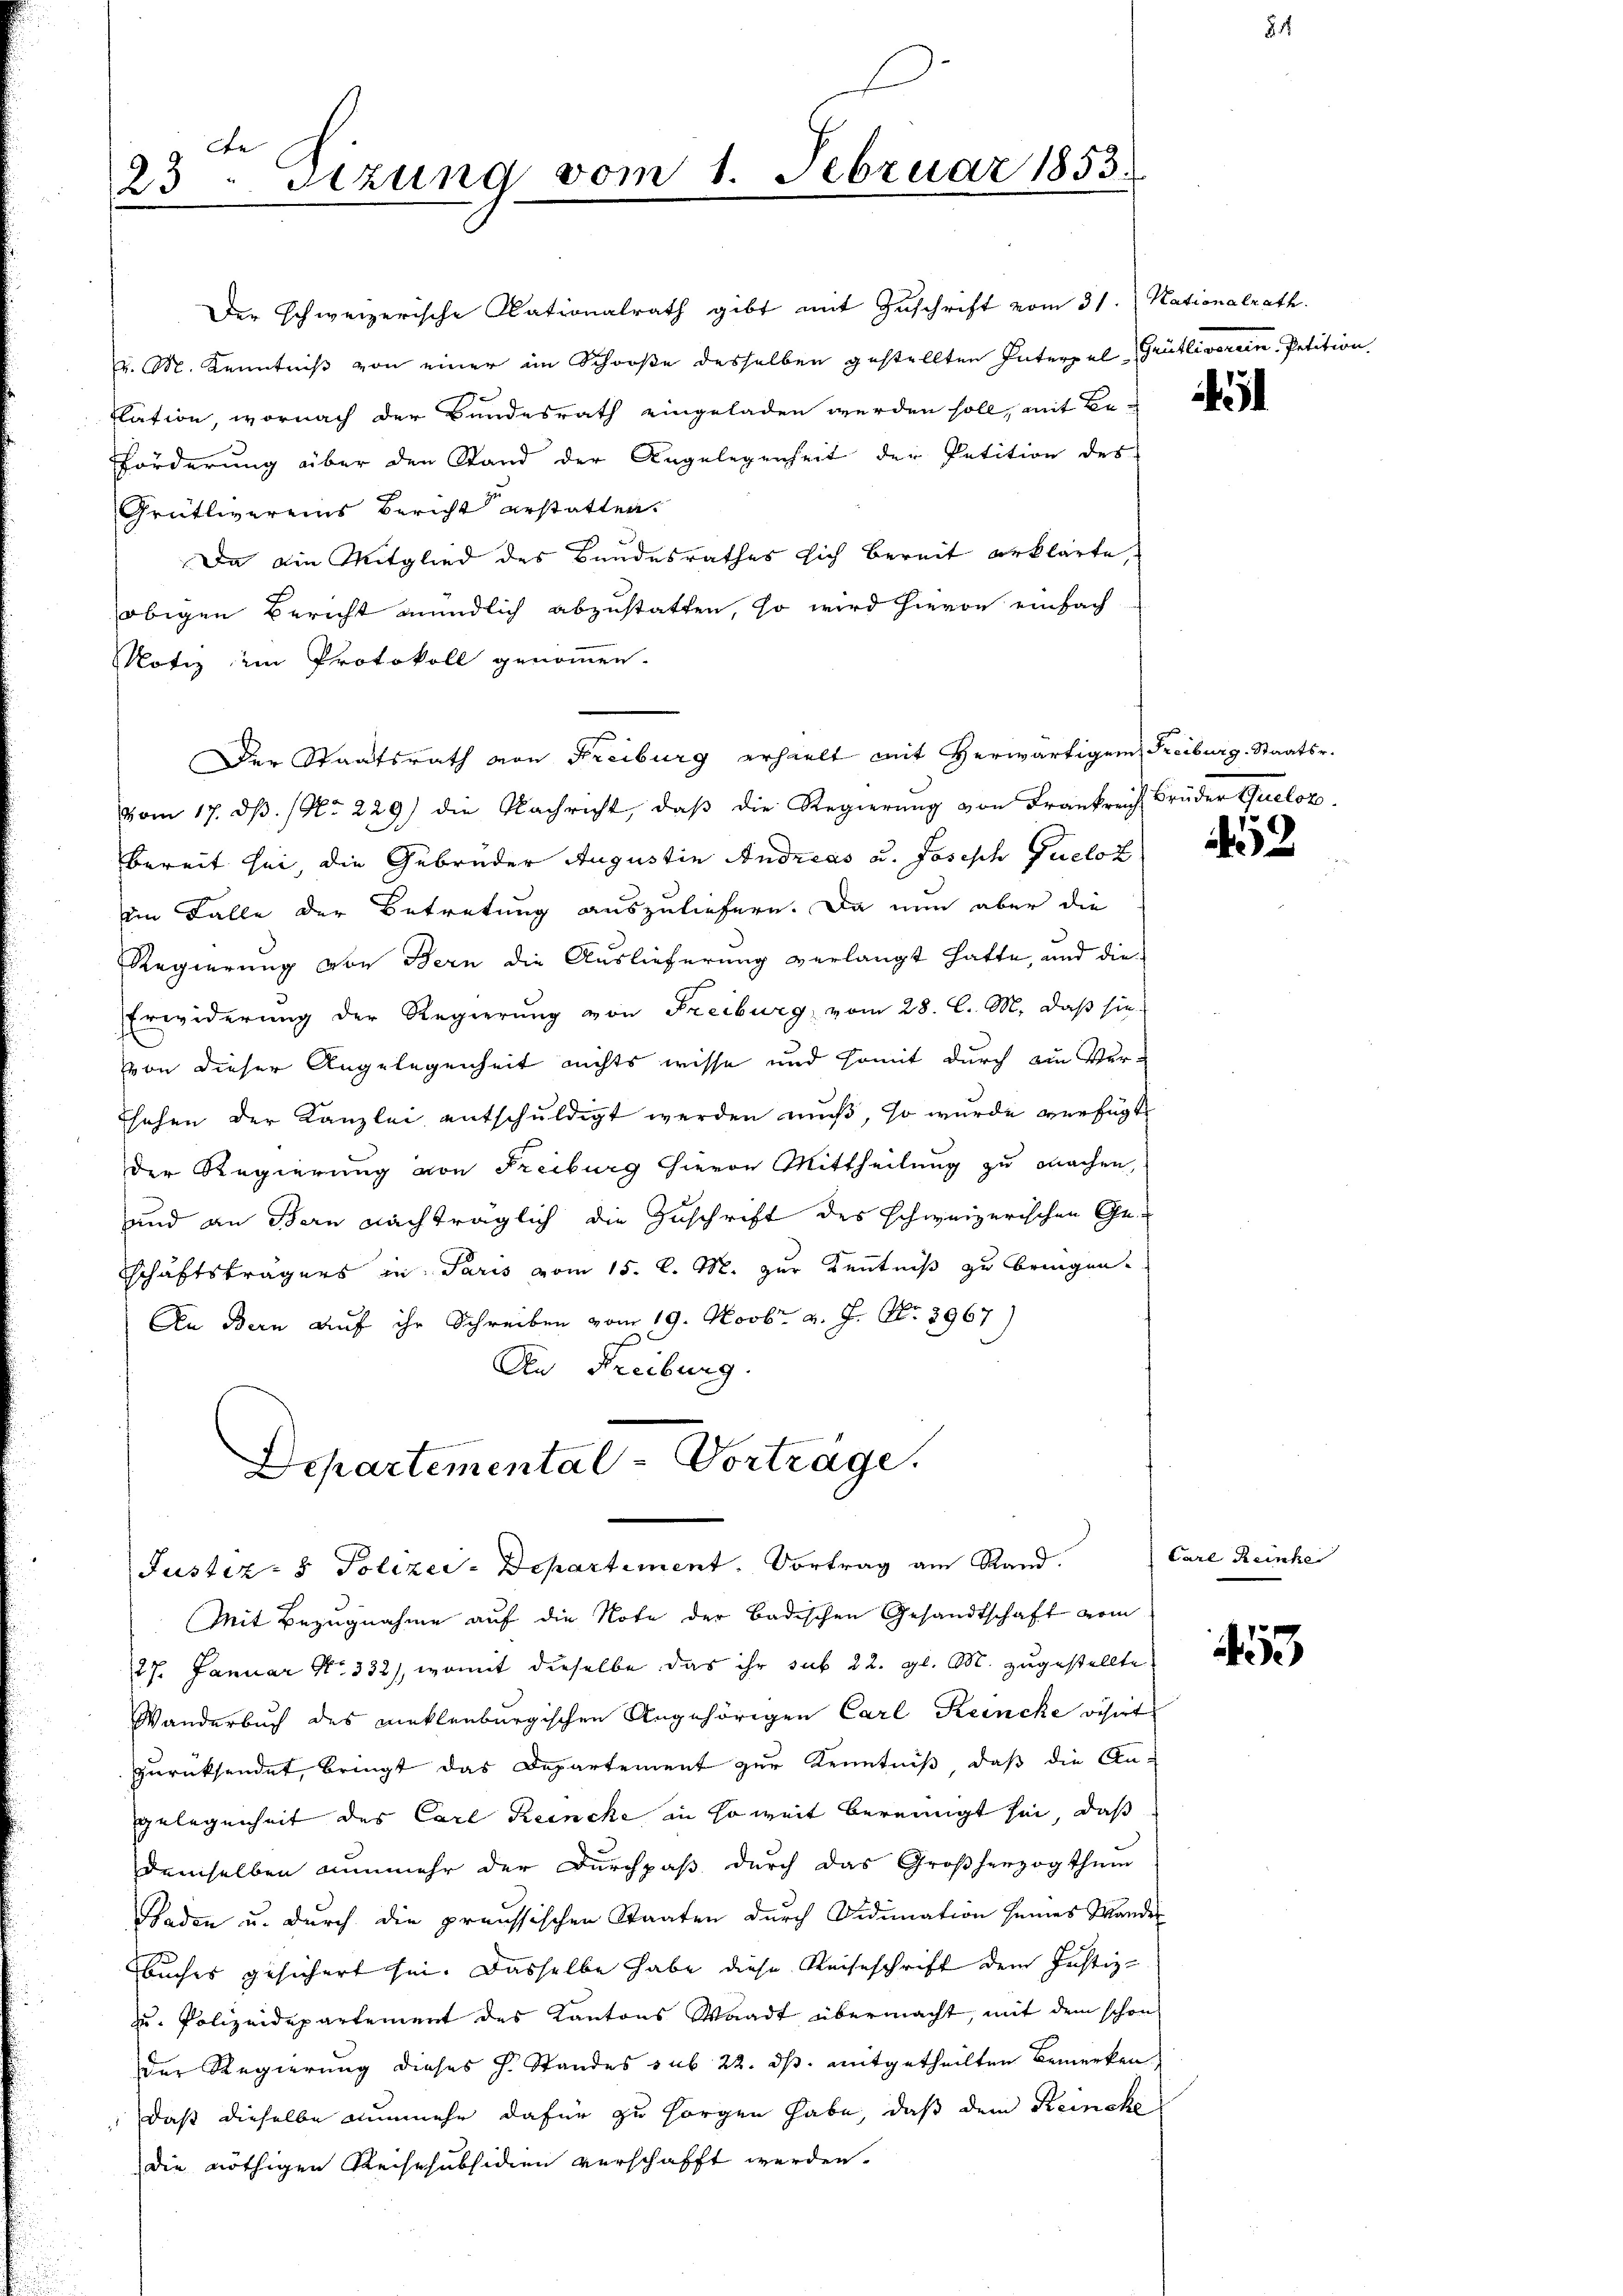
te
23. Setzung vom 1. Februar 1853.
.

Der schweizerische Nationalrath gibt mit Zuschrift vom 31. Nationalrath.
v. M. Kenntniß von einer im Schooße desselben gestellten Interpel Grütliverein Petition
slation, wornach der Bundesrath eingeladen werden soll, mit Be¬
Forderung über den Stand der Angelegenheit der Petition des
Grütlivereins Bericht erstatten.
Da die Mitglied des Bundesrathes sich bereit erklärte,
obigen Bericht mündlich abzustatten, so wird hievon einfach
Notiz im Protokoll genommen.
Der Staatsrath von Freiburg erhielt mit herwärtigem Freiburg. Staatsr.
vom 17. dβ. (No. 229) die Nachricht, daβ die Regierŭng von Frankreich Brüder Queloz
bereit sei, die Gebrüder Augustin Andreas u. Joseph Pueloz
im Falle der Betretung auszuliefern. Da nun aber die
Regierung von Bern die Auslieferung verlangt hatte, und die
Erwiderung der Regierung von Freiburg, vom 28. C. M. daß sie
von dieser Angelegenheit nichts wisse und somit durch ein Ver-
sehen der Kanzlei entschuldigt werden muß, so wurde verfügt
der Regierung von Freiburg hievon Mittheilung zu machen,
und an Bern nachträglich die Zuschrift des schweizerischen Geschäftsträgers in Paris vom 15. d. M. zur Kenntniß zu bringen.
An Bern auf ihr Schreiben vom 19. Novbr. v. J. Nr. 8967)
An Freiburg.
Departemental-Vorträge.

Justiz- & Polizey-Departement. Vortrag am Rand.

Mit Bezugnahme auf die Note der badischen Gesandtschaft vom
27. Januar No 332), womit dieselbe, das ihr sub 22. gl. M. zugestellte
Wanderbuch des Meklenburgischen Angehörigen Carl Reinche visirt
zurücksendet, bringt das Departement zur Kenntniß, daß die An-
Gelegenheit des Carl Reinche in soweit bereinigt sei, daß
demselben nunmehr der Durchpaß durch das Großherzogthum
Baden u. durch die preussischen Staaten durch Vidimation seines Wanderbuches gesichert sei. Dasselbe habe diese Reiseschrift dem Justiz-
zu. Polizeidepartement des Kantons Waadt übermacht, mit dem schon
Der Regierung dieses J. Standes sub 22. ds. mitgetheilten Bemerken
„daß dieselbe nunmehr dafür zu sorgen habe, daß dem Reinche
die nöthigen Reisesubsidien verschafft werden.

85

i

52

Carl Reinhe

453